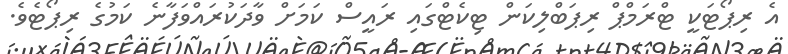
އެ ރިޕޯޓަކީ ޓްރަމްޕް ރިޕަބްލިކަން ޓިކެޓްގައި ރައީސް ކަމަށް ވާދަކުރައްވަފާނެ ކަމުގެ ރިޕޯޓެވެ.